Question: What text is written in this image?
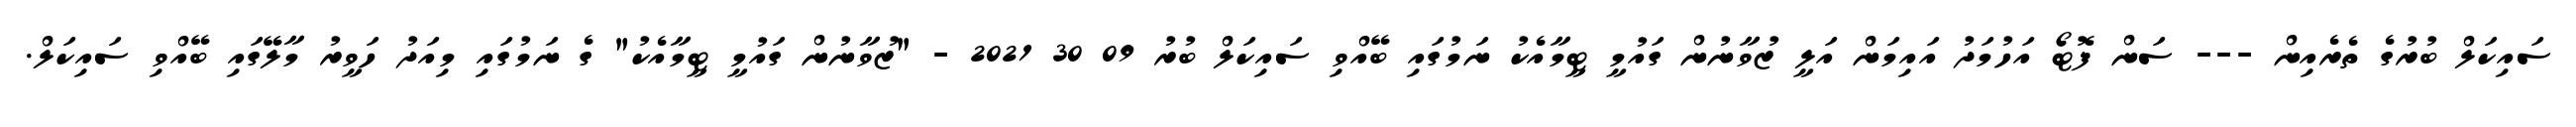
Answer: ސައިކަލް ބުރުގެ ތެރެއިން --- ސަން ފޮޓޯ އަހުމަދު އައިމަން އަލީ ޒުވާނުން ގައުމީ ޓީމާއެކު ނަމުގައި ބޭއްވި ސައިކަލް ބުރު 09 30 2021 - "ޒުވާނުން ގައުމީ ޓީމާއެކު" ގެ ނަމުގައި މިއަދު ހަވީރު މާލޭގައި ބޭއްވި ސައިކަލް.